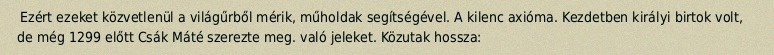
Ezért ezeket közvetlenül a világűrből mérik, műholdak segítségével. A kilenc axióma. Kezdetben királyi birtok volt, de még 1299 előtt Csák Máté szerezte meg. való jeleket. Közutak hossza: